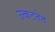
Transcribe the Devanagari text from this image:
उत्कटतेत